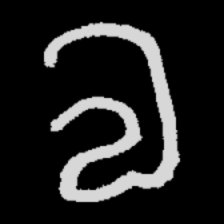
Pyu character \u2014 Myanmar letter: လ (romanized: la)